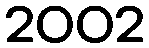
2002